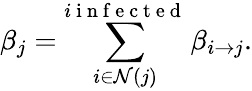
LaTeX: \beta_{j}=\sum_{i\in\mathcal{N}(j)}^{i\mathrm{~i~n~f~e~c~t~e~d~}}\beta_{i\to j}.